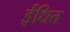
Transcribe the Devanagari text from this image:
ईंधित